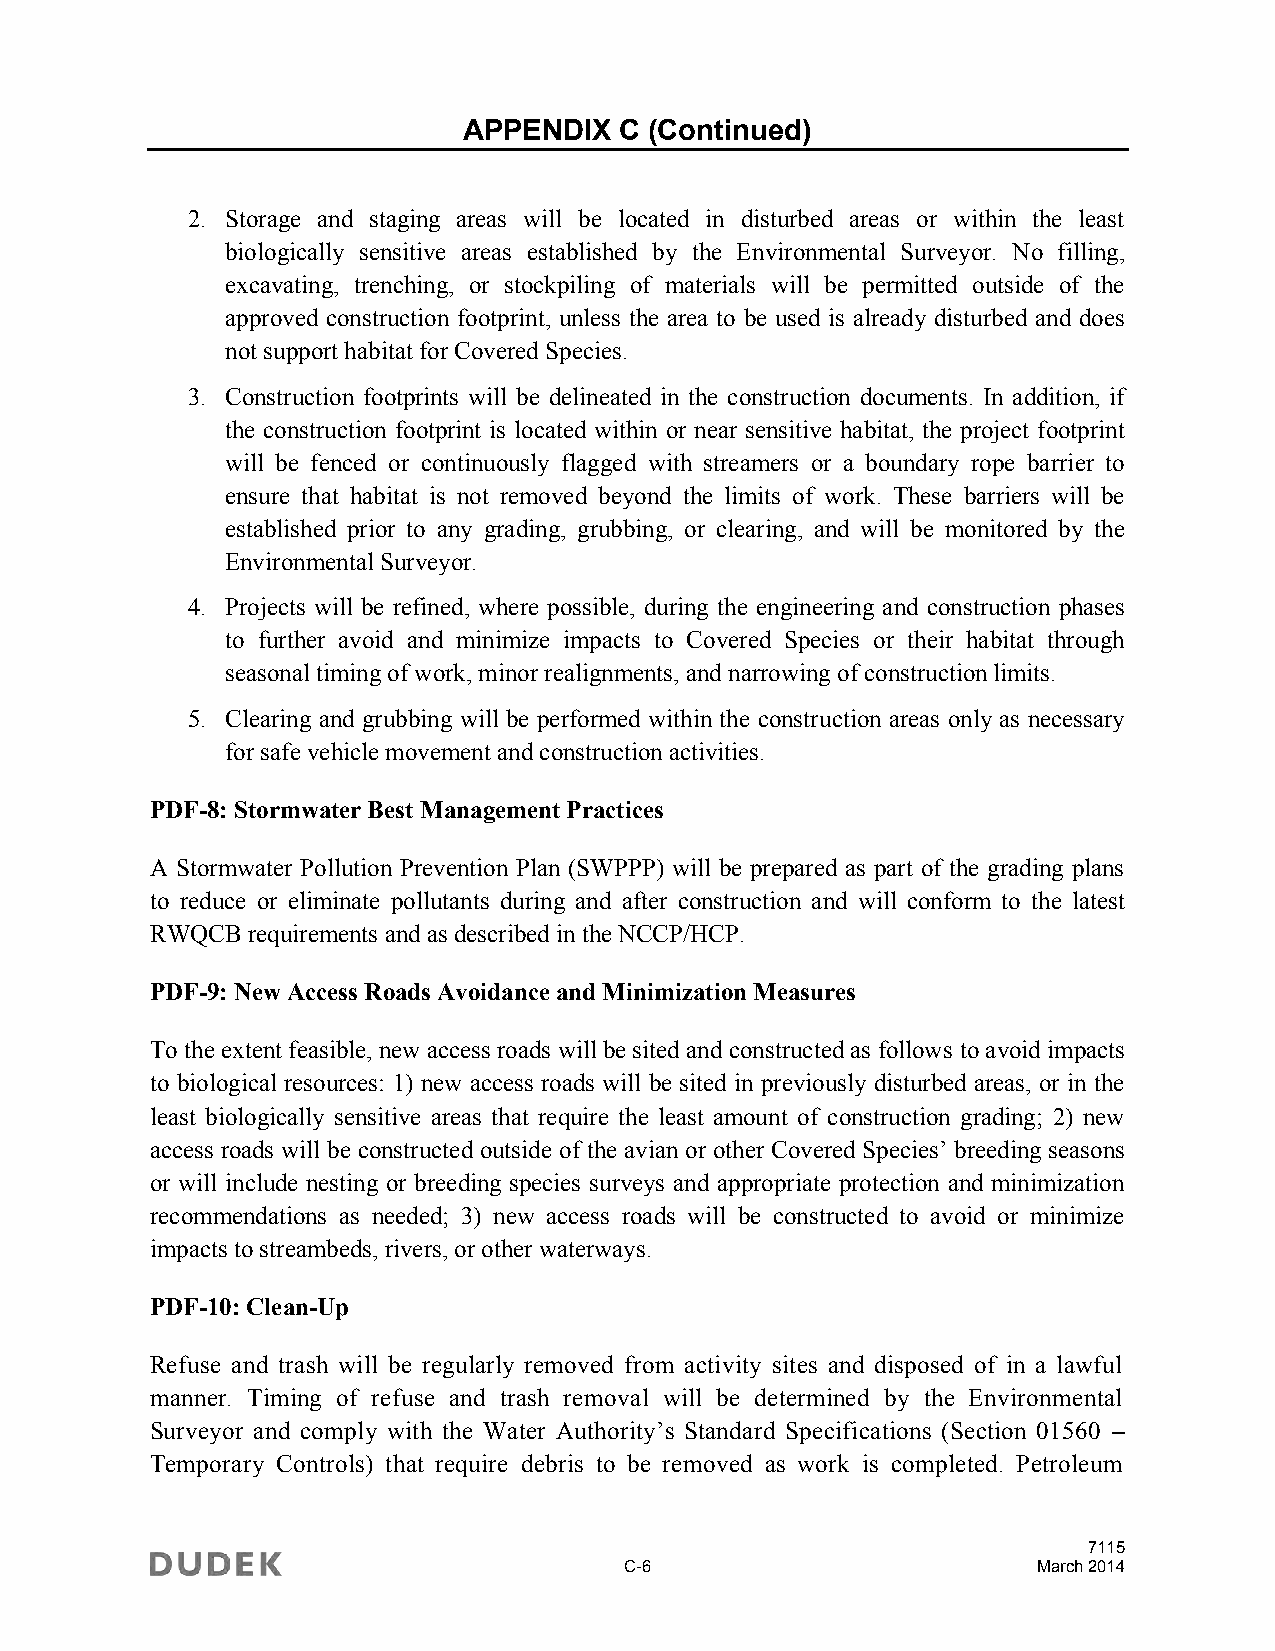
APPENDIX  C (Continued)
 2. Storage and staging areas will be located in disturbed areas or within the least
 biologically sensitive areas established by the Environmental Surveyor. No filling,
 excavating, trenching, or stockpiling of materials will be permitted outside of the
 approved construction footprint, unless the area to be used is already disturbed and does
 not support habitat for Covered Species.
 3. Construction footprints will be delineated in the construction documents. In addition, if
 the construction footprint is located within or near sensitive habitat, the project footprint
 will be fenced or continuously flagged with streamers or a boundary rope barrier to
 ensure that habitat is not removed beyond the limits of work. These barriers will be
 established prior to any grading, grubbing, or clearing, and will be monitored by the
 Environmental Surveyor.
 4. Projects will be refined, where possible, during the engineering and construction phases
 to further avoid and minimize impacts to Covered Species or their habitat through
 seasonal timing of work, minor realignments, and narrowing of construction limits.
 5. Clearing and grubbing will be performed within the construction areas only as necessary
 for safe vehicle movement and construction activities.
 PDF-8: Stormwater Best Management Practices
 A Stormwater Pollution Prevention Plan (SWPPP) will be prepared as part of the grading plans
 to reduce or eliminate pollutants during and after construction and will conform to the latest
 RWQCB requirements and as described in the NCCP/HCP.
 PDF-9: New Access Roads Avoidance and Minimization Measures
 To the extent feasible, new access roads will be sited and constructed as follows to avoid impacts
 to biological resources: 1) new access roads will be sited in previously disturbed areas, or in the
 least biologically sensitive areas that require the least amount of construction grading; 2) new
 access roads will be constructed outside of the avian or other Covered Species’ breeding seasons
 or will include nesting or breeding species surveys and appropriate protection and minimization
 recommendations as needed; 3) new access roads will be constructed to avoid or minimize
 impacts to streambeds, rivers, or other waterways.
 PDF-10: Clean-Up
 Refuse and trash will be regularly removed from activity sites and disposed of in a lawful
 manner. Timing of refuse and trash removal will be determined by the Environmental
 Surveyor and comply with the Water Authority’s Standard Specifications (Section 01560 –
 Temporary Controls) that require debris to be removed as work is completed. Petroleum
 7115
 C-6                         March 2014